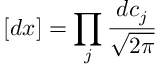
[ d x ] = \prod _ { j } { \frac { d c _ { j } } { \sqrt { 2 \pi } } }